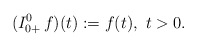
\begin{align*}(I^0_{0+}\, f)(t) := f(t),\ t>0.\end{align*}